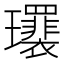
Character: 𤫛